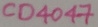
Text: CD4047